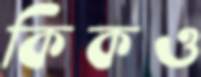
কিকও